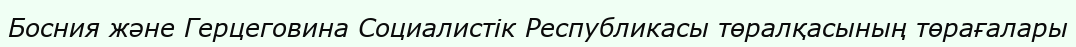
Босния және Герцеговина Социалистік Республикасы төралқасының төрағалары